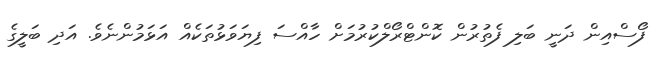
ފޯސްއިން ދަނީ ބަލި ފެތުރުން ކޮންޓްރޯލްކުރުމަށް ހާއްސަ ފިޔަވަޅުތަކެއް އަޅަމުންނެވެ. އަދި ބަލީގެ